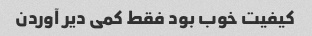
کیفیت خوب بود فقط کمی دیر آوردن